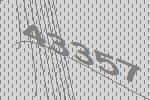
43357